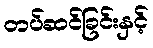
တပ်ဆင်ခြင်းနှင့်